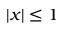
| x | \leq 1